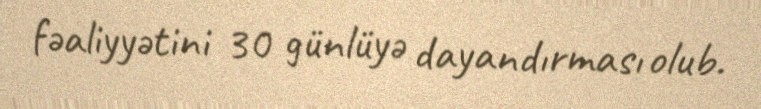
fəaliyyətini 30 günlüyə dayandırması olub.